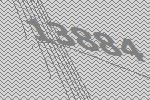
13884